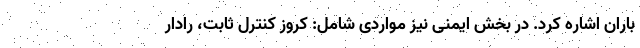
باران اشاره کرد. در بخش ایمنی نیز مواردی شامل: کروز کنترل ثابت، رادار